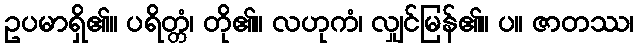
ဥပမာရှိ၏။ ပရိတ္တံ၊ တို၏။ လဟုကံ၊ လျှင်မြန်၏။ ပ။ ဇာတဿ၊